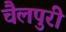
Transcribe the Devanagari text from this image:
चैलपुरी